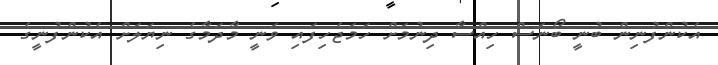
އެކުންފުނިން ބުނީ ބޯނަސް ހިއްސާ ދިނުމަށް ހަމަޖެހިފައި ވަނީ މާދަމާގެ ނިޔަލަށް އެކުންފުނީގެ